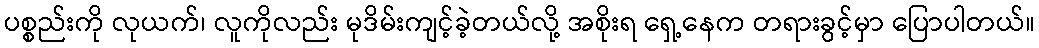
ပစ္စည်းကို လုယက်၊ လူကိုလည်း မုဒိမ်းကျင့်ခဲ့တယ်လို့ အစိုးရ ရှေ့နေက တရားခွင့်မှာ ပြောပါတယ်။